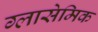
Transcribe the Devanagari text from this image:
ग्लासेमिक